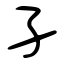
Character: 孑